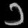
Digit: ၁